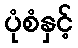
ပုံစံနှင့်